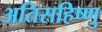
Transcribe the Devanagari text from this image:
अतिसहिष्णु